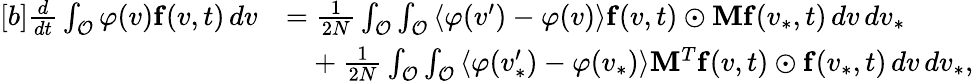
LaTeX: \begin{array}{r}{\begin{array}{rl}{[b]\frac{d}{dt}\int_{\mathcal{O}}\varphi(v)\mathbf{f}(v,t)\, dv}&{=\frac{1}{2N}\int_{\mathcal{O}}\int_{\mathcal{O}}\left\langle\varphi(v^{\prime})-\varphi(v)\right\rangle\mathbf{f}(v,t)\odot\mathbf{M}\mathbf{f}(v_{\ast},t)\, dv\, dv_{\ast}}\\ &{\phantom{=}+\frac{1}{2N}\int_{\mathcal{O}}\int_{\mathcal{O}}\left\langle\varphi(v_{\ast}^{\prime})-\varphi(v_{\ast})\right\rangle\mathbf{M}^{T}\mathbf{f}(v,t)\odot\mathbf{f}(v_{\ast},t)\, dv\, dv_{\ast},}\end{array}}\end{array}